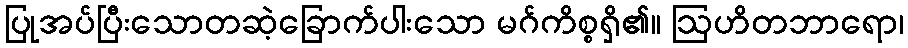
ပြုအပ်ပြီးသောတဆဲ့ခြောက်ပါးသော မဂ်ကိစ္စရှိ၏။ ဩဟိတဘာရော၊